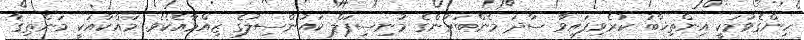
ހިންގެވުމަކީ އިންތިޚާބު ކުރެވިފައިވާ ސާދަ މެންބަރުންގެ މުނިސިޕަލް ކައުންސިލުގެ ޒިއްމާއެކެވެ. މައްކާއަކީ މަންޠިޤާ